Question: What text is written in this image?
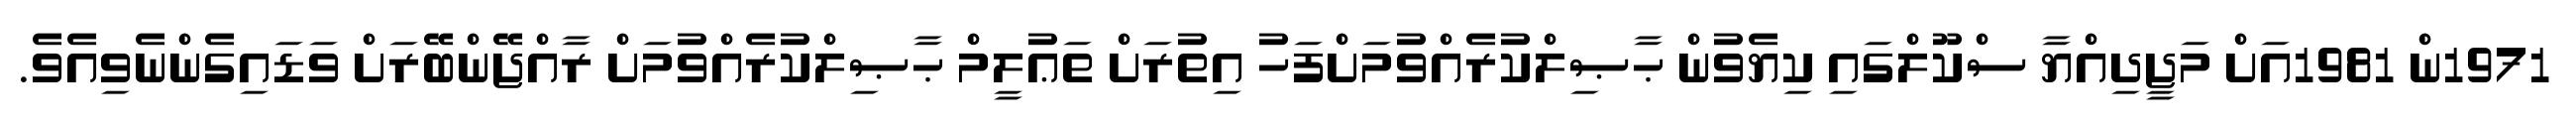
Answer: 1971ން 1981އަށް މަޖީދިއްޔާ ސްކޫލްގައި ކިޔެވުން ޙާޞިލްކުރެއްވުމަށްފަހު އިތުރަށް ތަޢުލީމް ޙާޞިލްކުރެއްވުމަށް ރާއްޖޭންބޭރަށް ވަޑައިގެންނެވިއެވެ.